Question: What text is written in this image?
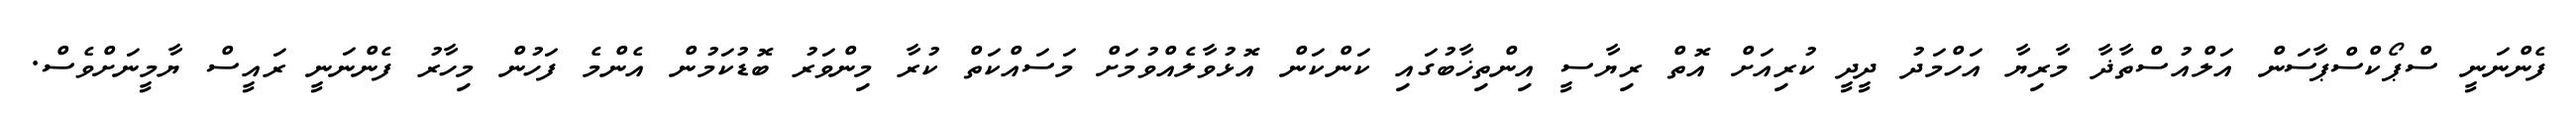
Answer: ފެންނަނީ ސްޕޯކްސްޕާސަން އަލްއުސްތާޛާ މާރިޔާ އަހްމަދު ދީދީ ކުރިއަށް އޮތް ރިޔާސީ އިންތިޚާބުގައި ކަންކަން އޮޅުވާލެއްވުމަށް މަސައްކަތް ކުރާ މިންވަރު ބޮޑުކަމުން އެންމެ ފަހުން މިހާރު ފެންނަނީ ރައީސް ޔާމީނަށްވެސް.